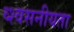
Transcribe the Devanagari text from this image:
व्श्वसनीयता